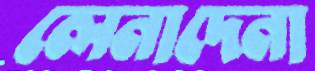
লেনাদেনা